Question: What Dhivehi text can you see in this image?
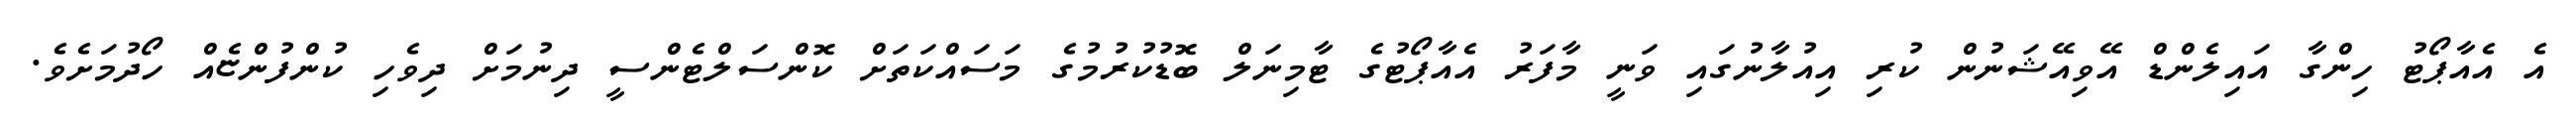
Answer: އެ އެއާޕޯޓު ހިންގާ އައިލެންޑް އޭވިއޭޝަނުން ކުރި އިއުލާނުގައި ވަނީ މާފަރު އެއާޕޯޓުގެ ޓާމިނަލް ބޮޑުކުރުމުގެ މަސައްކަތަށް ކޮންސަލްޓެންސީ ދިނުމަށް ދިވެހި ކުންފުންޏެއް ހޯދުމަށެވެ.